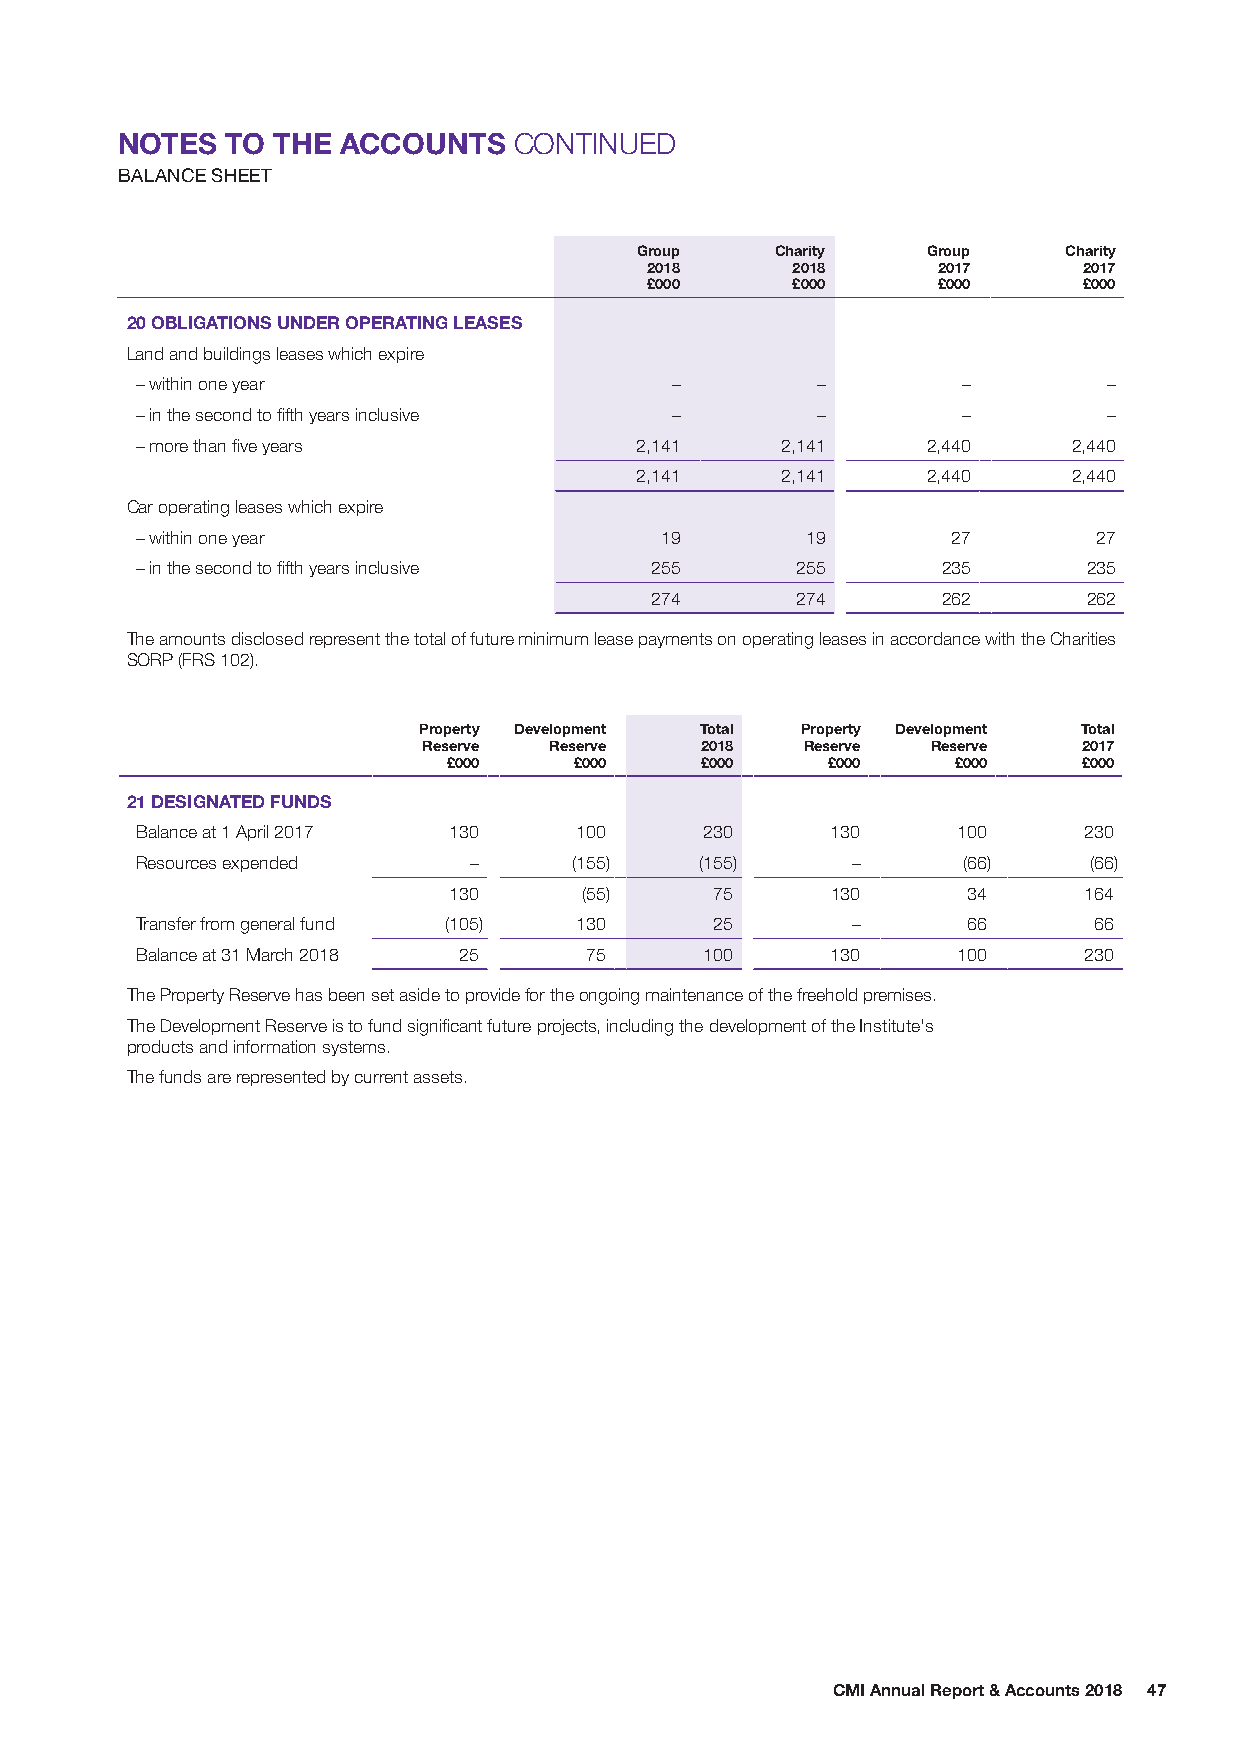
NOTES  TO THE  ACCOUNTS   CONTINUED
 BALANCE SHEET
 Group    Charity   Group    Charity
 2018     2018      2017      2017
 £000     £000      £000      £000
 20 OBLIGATIONS UNDER OPERATING LEASES
 Land and buildings leases which expire
 – within one year                  –         –         –        –
 – in the second to fifth years inclusive –   –         –        –
 – more than five years           2,141     2,141    2,440     2,440
 2,141     2,141    2,440     2,440
 Car operating leases which expire
 – within one year                  19       19        27        27
 – in the second to fifth years inclusive 255 255     235       235
 274       274      262       262
 The amounts disclosed represent the total of future minimum lease payments on operating leases in accordance with the Charities
 SORP (FRS 102).
 Property Development Total Property Development Total
 Reserve Reserve   2018   Reserve  Reserve   2017
 £000    £000    £000     £000    £000     £000
 21 DESIGNATED FUNDS
 Balance at 1 April 2017 130  100      230     130     100      230
 Resources expended    –      (155)   (155)     –       (66)    (66)
 130      (55)    75      130      34      164
 Transfer from general fund (105) 130  25       –       66      66
 Balance at 31 March 2018 25   75      100     130     100      230
 The Property Reserve has been set aside to provide for the ongoing maintenance of the freehold premises.
 The Development Reserve is to fund significant future projects, including the development of the Institute's
 products and information systems.
 The funds are represented by current assets.
 CMI Annual Report & Accounts 2018 47